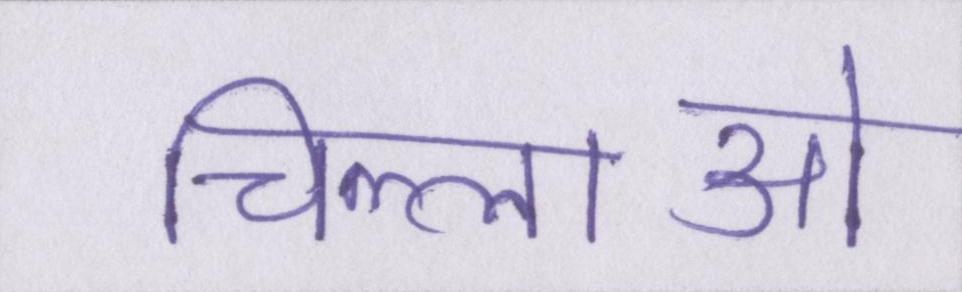
चिल्लाओ